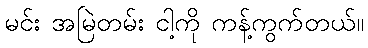
မင်း အမြဲတမ်း ငါ့ကို ကန့်ကွက်တယ်။